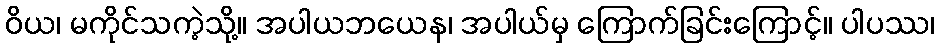
ဝိယ၊ မကိုင်သကဲ့သို့။ အပါယဘယေန၊ အပါယ်မှ ကြောက်ခြင်းကြောင့်။ ပါပဿ၊